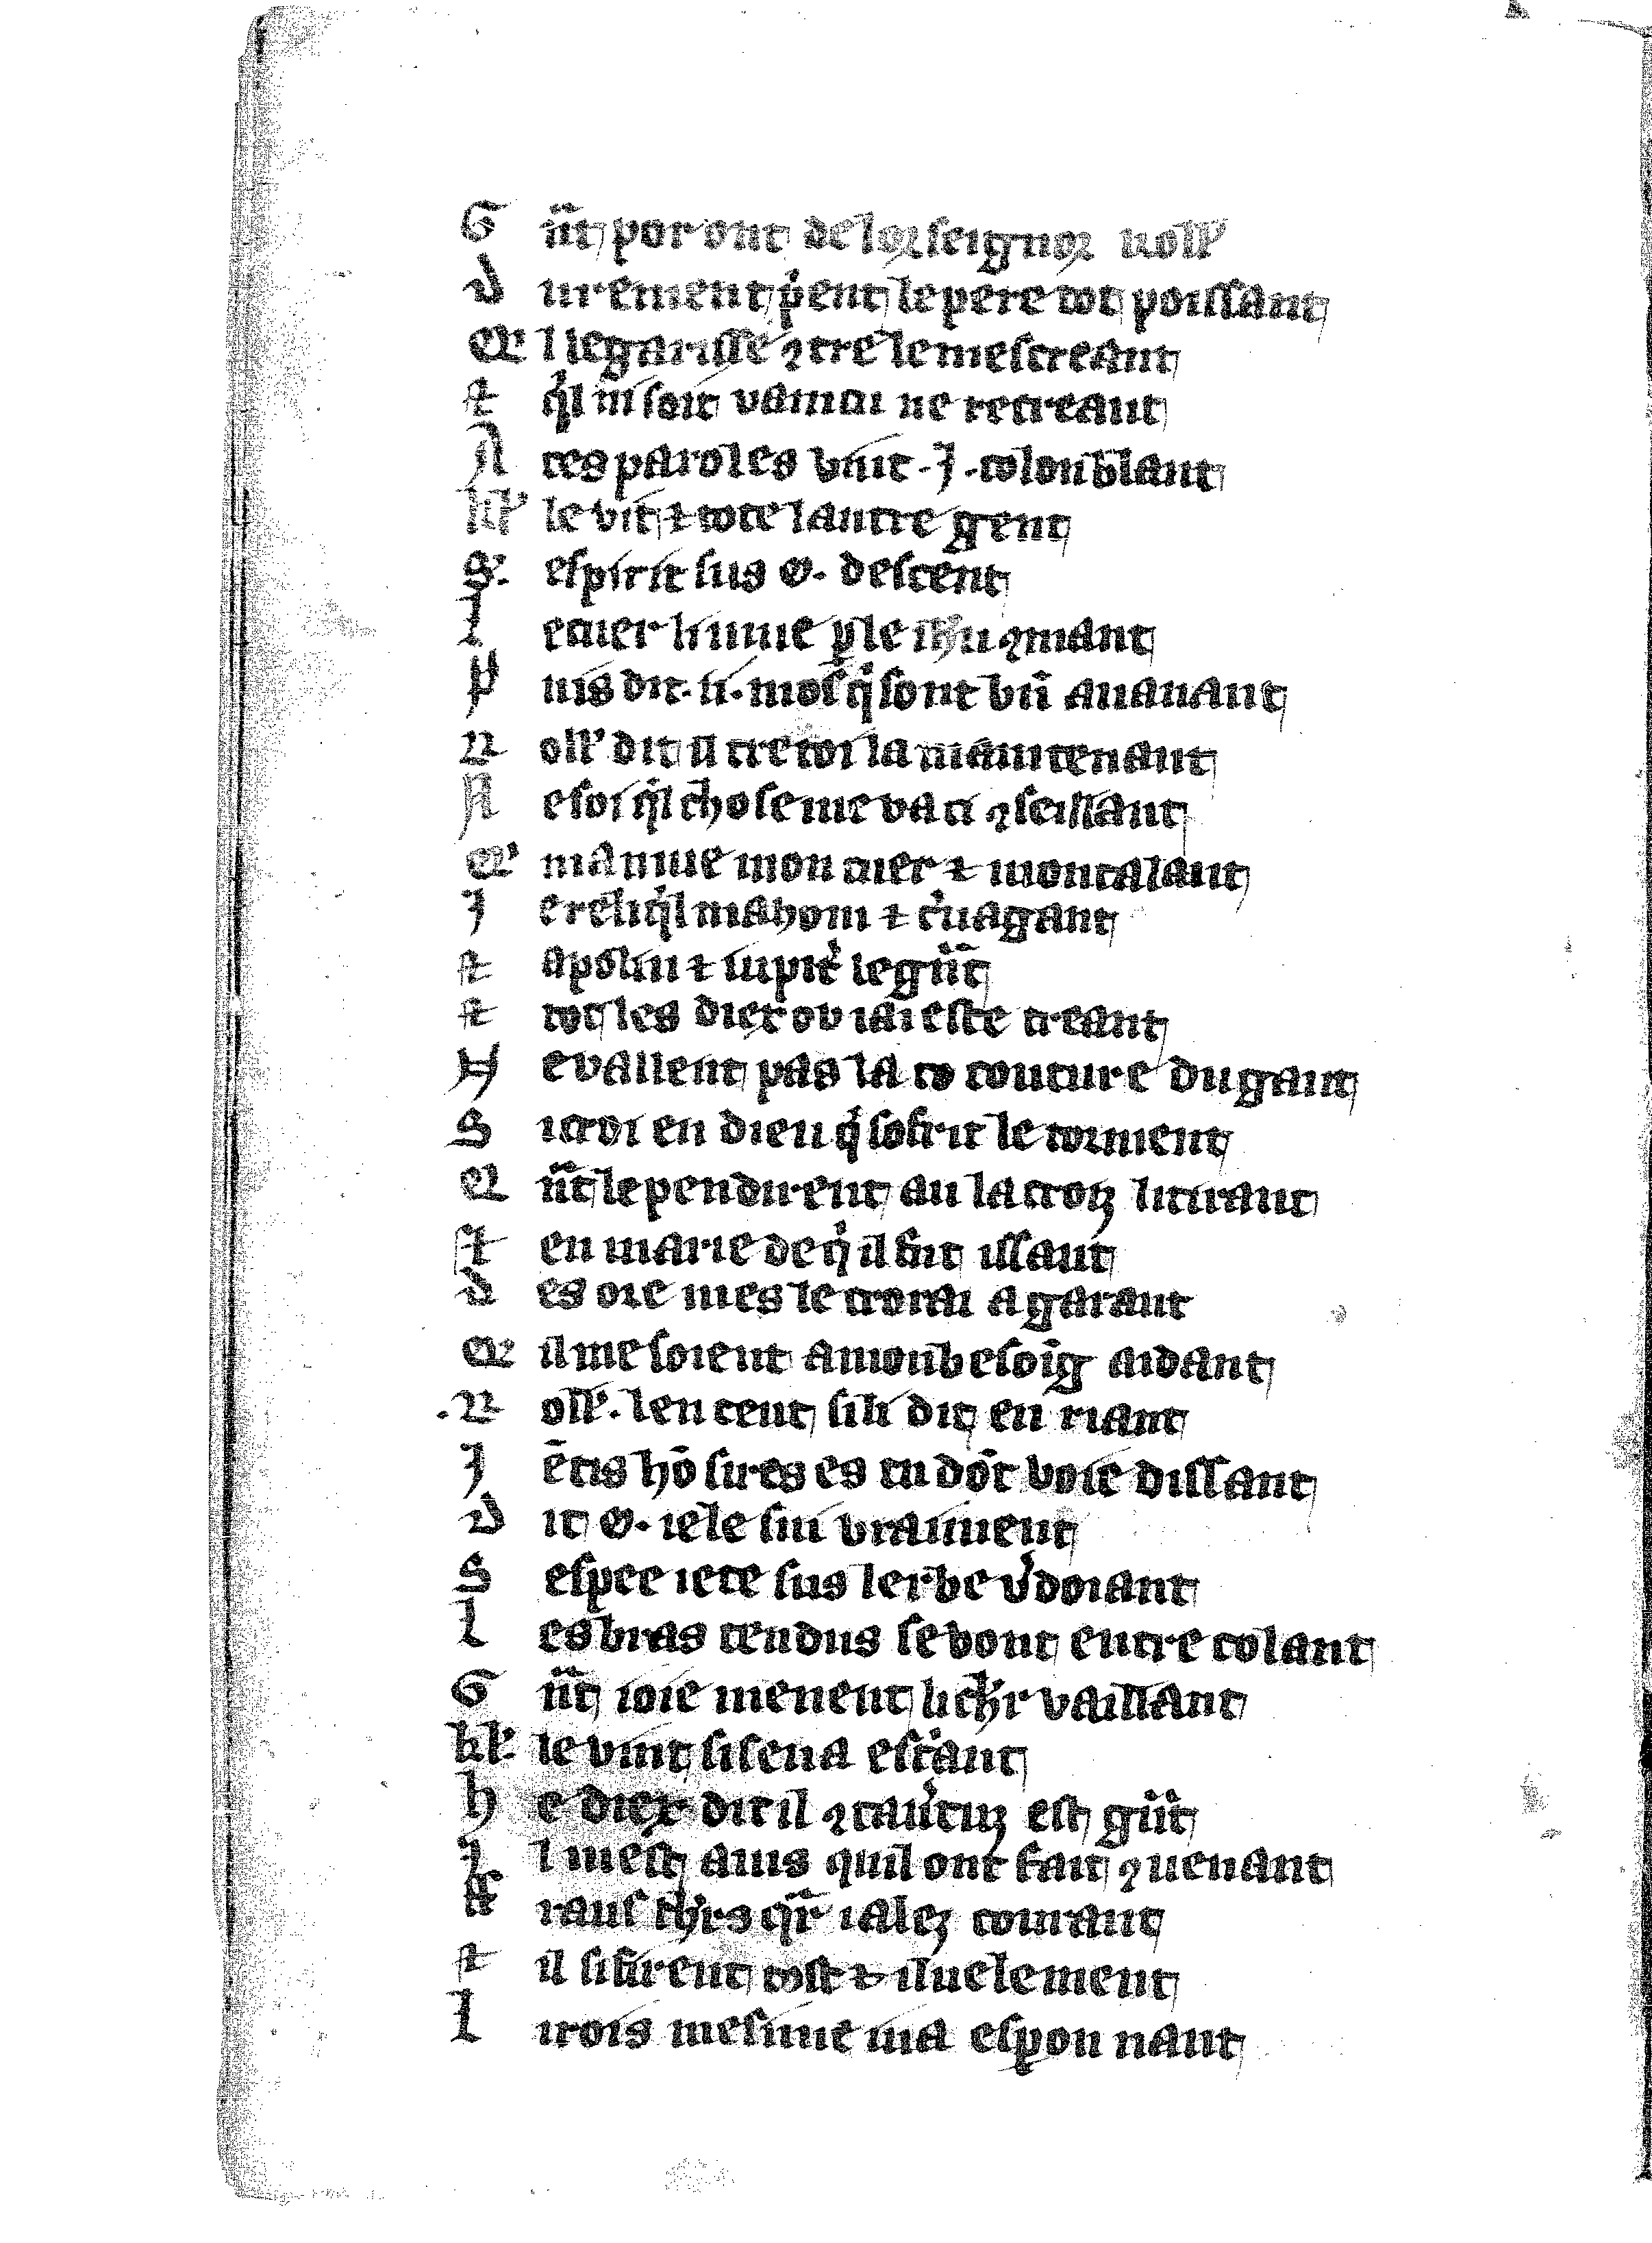
Shelfmark: Vatican, Biblioteca apostolica vaticana, Reg.lat. 1616
Century: 14